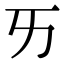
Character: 𠀅